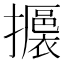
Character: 𢸊